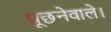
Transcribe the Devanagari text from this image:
पूछनेवाले।